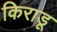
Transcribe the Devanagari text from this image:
किराडू